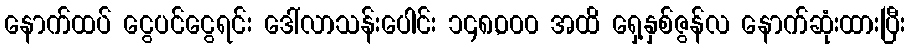
နောက်ထပ် ငွေပင်ငွေရင်း ဒေါ်လာသန်းပေါင်း ၁၄၈,၀၀၀ အထိ ရှေ့နှစ်ဇွန်လ နောက်ဆုံးထားပြီး